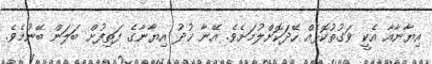
އިޔާނާއާ އެކީ ވަގުތުކޮޅެއް ހޭދަކޮށްލުމަށެވެ. އޭނާ ޚުދު އިޔާނާގެ ފަތިފުށް ބަލަން ބޭނުމެވެ.